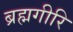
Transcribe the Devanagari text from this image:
ब्रह्मगीरि